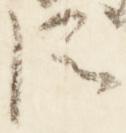
臣